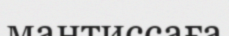
мантиссаға